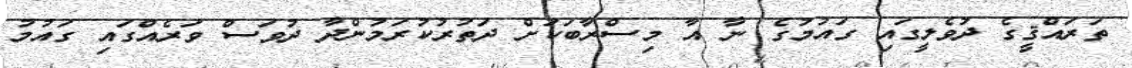
ތަރައްޤީގެ ދުވެލީގައި ގައުމުގެ ނާ އާ މިސްރާބަކަށް ދަތުރުކުރަމުންދާ ދުވަސް ވަރެއްގައި ގައުމު